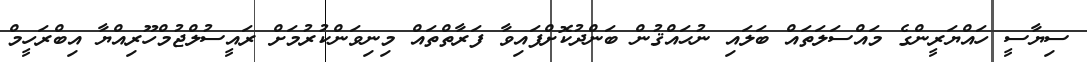
ސިޔާސީ ހައްޔަރީންގެ މައްސަލަތައް ބަލައި ނުޙައްޤުން ބަންދުކޮށްފައިވާ ފަރާތްތައް މިނިވަންކުރުމަށް ރައީސުލްޖުމްހޫރިއްޔާ އިބްރަހީމް